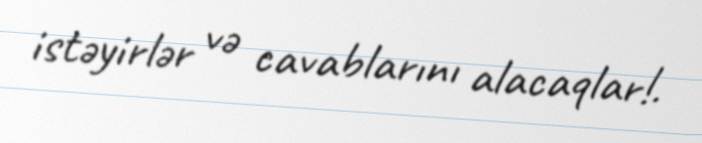
istəyirlər və cavablarını alacaqlar!.